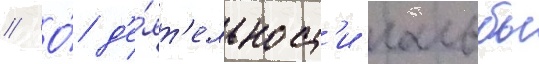
// О́ д'е́ят'ельност'и гальбы